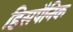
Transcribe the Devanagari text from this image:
हिसपैनिक